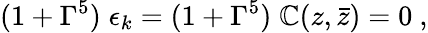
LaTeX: (1+\Gamma^{5})\; \epsilon_{k}=(1+\Gamma^{5})\; \mathbb{C}(z,\bar{{z}})=0\ ,